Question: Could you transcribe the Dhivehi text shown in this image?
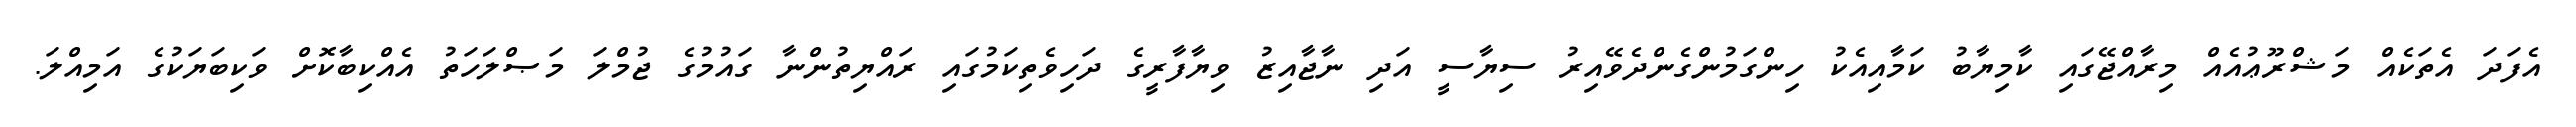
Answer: އެފަދަ އެތަކެއް މަޝްރޫޢުއެއް މިރާއްޖޭގައި ކާމިޔާބު ކަމާއިއެކު ހިންގަމުންގެންދެވޭއިރު ސިޔާސީ އަދި ނާޖާއިޒު ވިޔާފާރީގެ ދަހިވެތިކަމުގައި ރައްޔިތުންނާ ގައުމުގެ ޖުމްލަ މަޞްލަހަތު އެއްކިބާކޮށް ވަކިބަޔަކުގެ އަމިއްލަ.